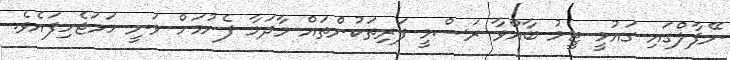
ނޭޕާލްގައި ގައުމީ ޓީމު ބާއްވާ ރަސްމީ ފަރިތަކުންތައް މާދަމާ ފެށުމަށް ވަނީ ހަމަޖެހިފައެވެ.